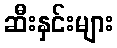
ဆီးနှင်းများ